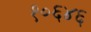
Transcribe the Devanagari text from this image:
१०६४६